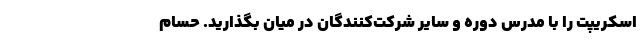
اسکریپت را با مدرس دوره و سایر شرکت‌کنندگان در میان بگذارید. حسام